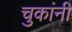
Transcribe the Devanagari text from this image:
चुकांनी